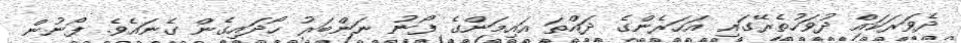
ދެވަރަކައް ދުވަހުތެރޭގައި އަހަރެންގެ ދައްތަ އައިމަންގެ ފޯނު ނަންބަރު ހޯދައިގެން ގެނައެވެ. ފޯނުން